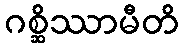
ဂစ္ဆိဿာမီတိ